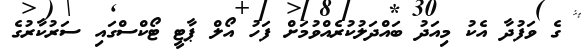
ގެ ވަފުދާ އެކު މިއަދު ބައްދަލުކުރެއްވުމަށް ފަހު އޯލް ޕާޓީ ޓޯކްސްގައި ސަރުކާރުގެ